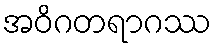
အဝိဂတရာဂဿ